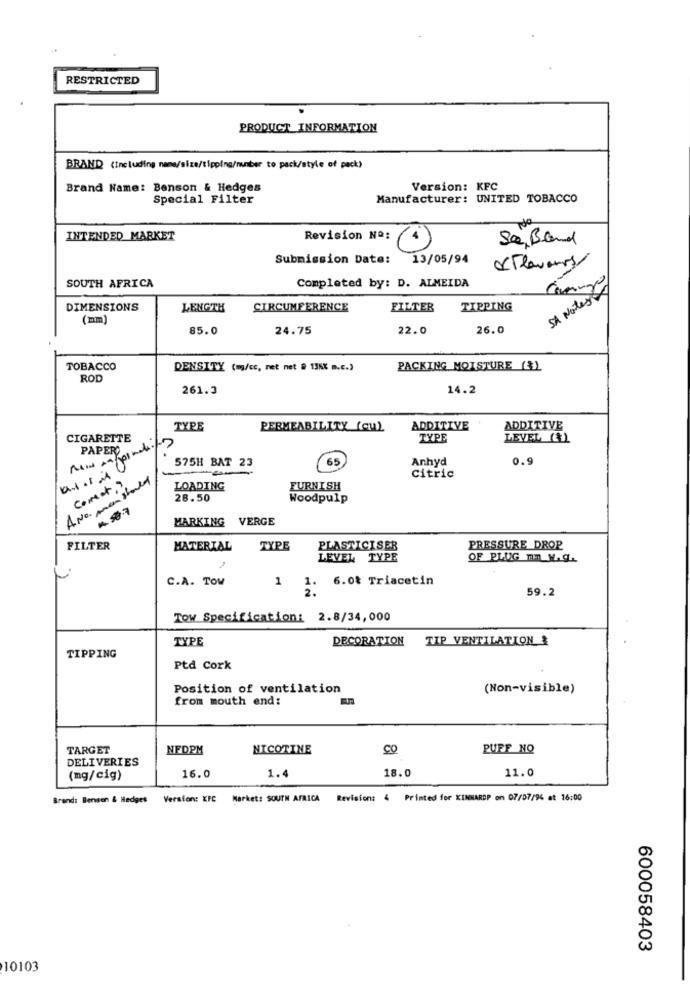
RESTRICTED
PRODUCT INFORMATION
BRAND (Including name/size/tipping/manber to pack/style of pack)
Brand Name: Benson & Hedges
Version: KFC
Special Filter
Manufacturer: UNITED TOBACCO
INTENDED MARKET
Revision No:
Se Band
Submission Date:
13/05/94
dilavoros/
SOUTH AFRICA
Completed by: D. ALMEIDA
SA Notes -
DIMENSIONS
LENGTH
CIRCUMFERENCE
FILTER
TIPPING
(nm)
85.0
24.75
22.0
26.0
TOBACCO
DENSITY (m/cc, net net # 13hX B.c.)
PACKING MOISTURE (&L
ROD
261.3
14.2
TYPE
PERMEABILITY (CUL
ADDITIVE
ADDITIVE
CIGARETTE
C.
TYPE
LEVEL (&1
PAPER
575H BAT 23
65
Anhyd
0.9
ANO. men stald
correct?
Citric
LOADING
FURNISH
28.50
Woodpulp
A. 887
MARKING VERGE
FILTER
MATERIAL
TYPE
PLASTICISER
PRESSURE DROP
LEVEL TYPE
OF PLUG mn K.g.
C.A. TOw
1
. 6.0% Triacetin
2.
59.2
Tow Specification: 2.8/34,000
TYPE
DECORATION TIP VENTILATION &
TIPPING
Ptd Cork
Position of ventilation
(Non-visible)
from mouth end:
TARGET
NEDPM
NICOTINE
CO
PUFF NO
DELIVERIES
16.0
18.0
11.0
(mg/cig)
1.4
Brand: Benson & Hedges
Version: KFC Market: SOUTH AFRICA
Revision: 4 Printed for KIMNARDP on 07/07/94 at 16:00
600058403
10103